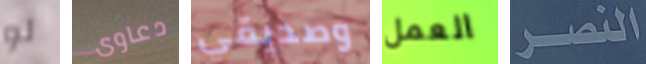
لو دعاوى وصديقي العمل النصر